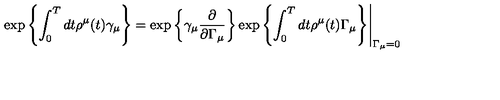
\exp \left\{ \int _ { 0 } ^ { T } d t \rho ^ { \mu } ( t ) \gamma _ { \mu } \right\} = \exp \left\{ \gamma _ { \mu } \frac { \partial } { \partial \Gamma _ { \mu } } \right\} \exp \left\{ \int _ { 0 } ^ { T } d t \rho ^ { \mu } ( t ) \Gamma _ { \mu } \right\} \Biggr | _ { \Gamma _ { \mu } = 0 }